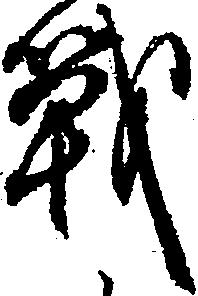
戦